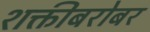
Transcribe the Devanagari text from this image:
शक्तीबरोबर